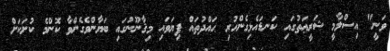
ވަނީ" އިސްލާމީ ޝަރީޢަތުގައި ކަނޑައެޅިގެންހުރި ޙައްދުތައް ފިޔަވައި މިޤާނޫނުގައި ބަޔާންވެގެންވާ ކޮންމެ ކުށަކަށް